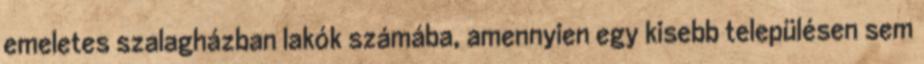
emeletes szalagházban lakók számába, amennyien egy kisebb településen sem